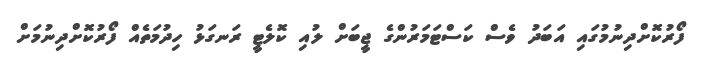
ފޯރުކޮށްދިނުމުގައި އަބަދު ވެސް ކަސްޓަމަރުންގެ ޖީބަށް ލުއި ކޮލެޓީ ރަނގަޅު ހިދުމަތެއް ފޯރުކޮށްދިނުމަށް